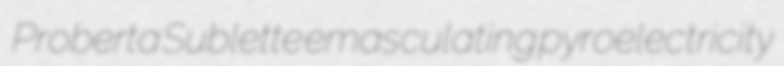
Proberta Sublette emasculating pyroelectricity